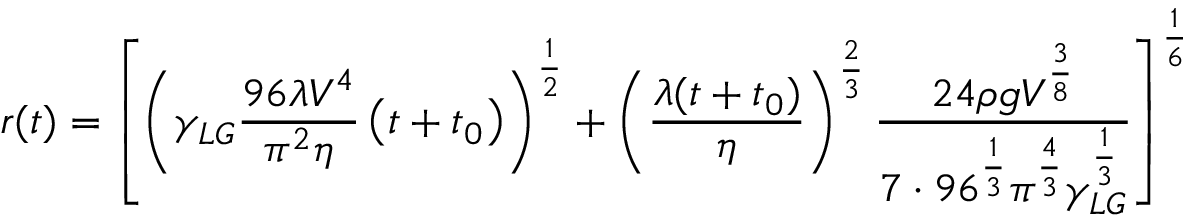
r ( t ) = \left[ \left( \gamma _ { L G } { \frac { 9 6 \lambda V ^ { 4 } } { \pi ^ { 2 } \eta } } \left( t + t _ { 0 } \right) \right) ^ { \frac { 1 } { 2 } } + \left( { \frac { \lambda ( t + t _ { 0 } ) } { \eta } } \right) ^ { \frac { 2 } { 3 } } { \frac { 2 4 \rho g V ^ { \frac { 3 } { 8 } } } { 7 \cdot 9 6 ^ { \frac { 1 } { 3 } } \pi ^ { \frac { 4 } { 3 } } \gamma _ { L G } ^ { \frac { 1 } { 3 } } } } \right] ^ { \frac { 1 } { 6 } }